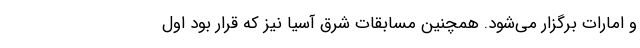
و امارات برگزار می‌شود. همچنین مسابقات شرق آسیا نیز که قرار بود اول